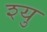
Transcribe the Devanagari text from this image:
श्यु